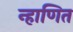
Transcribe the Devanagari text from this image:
न्हाणित